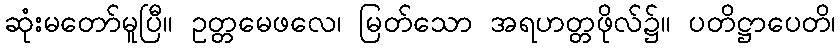
ဆုံးမတော်မူပြီ။ ဥတ္တမေဖလေ၊ မြတ်သော အရဟတ္တဖိုလ်၌။ ပတိဋ္ဌာပေတိ၊